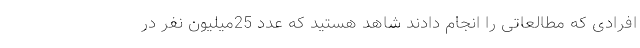
افرادی که مطالعاتی را انجام دادند شاهد هستید که عدد 25میلیون نفر در